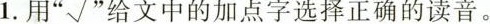
1. 用“√”给文中的加点字选择正确的读音。